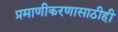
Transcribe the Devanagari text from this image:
प्रमाणीकरणासाठीही